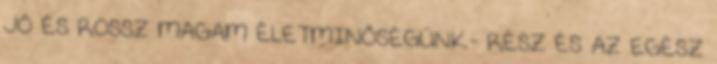
JÓ ÉS ROSSZ MAGAM ÉLETMINŐSÉGÜNK- RÉSZ ÉS AZ EGÉSZ